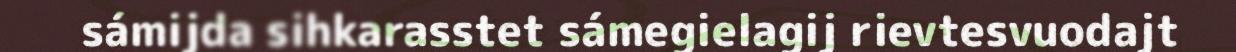
sámijda sihkarasstet sámegielagij rievtesvuodajt